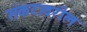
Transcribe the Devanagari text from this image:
संकटावरील